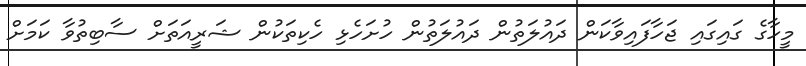
މީހާގެ ގައިގައި ޖަހާފައިވާކަން ދައުލަތުން ދައުލަތުން ހުށަހެޅި ހެކިތަކުން ޝަރީއަތަށް ސާބިތުވާ ކަމަށް